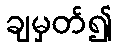
ချမှတ်၍